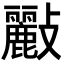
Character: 𣀷